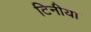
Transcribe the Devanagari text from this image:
टिनीया